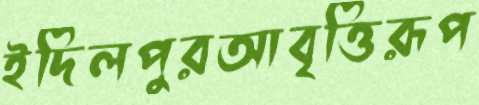
ইদিলপুরআবৃত্তিরূপ